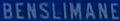
BENSILIMANE